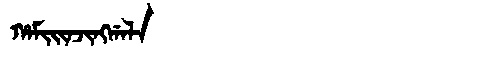
Manchu: ᡥᠠᠮᡳᡳᠨᠵᡳᠩᡤᠠᠯᠠ
Romanization: HAMIINJINGGALA